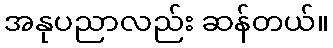
အနုပညာလည်း ဆန်တယ်။